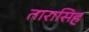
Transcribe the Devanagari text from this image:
तारासिह